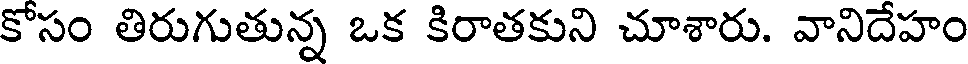
కోసం తిరుగుతున్న ఒక కిరాతకుని చూశారు. వానిదేహం